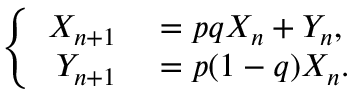
\left\{ \begin{array} { r l } { X _ { n + 1 } } & { { } = p q X _ { n } + Y _ { n } , } \\ { Y _ { n + 1 } } & { { } = p ( 1 - q ) X _ { n } . } \end{array} \right.